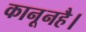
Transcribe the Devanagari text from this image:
कानूनहै।